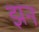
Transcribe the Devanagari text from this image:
झन